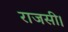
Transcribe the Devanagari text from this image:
राजसी।